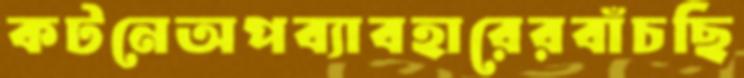
কটনেঅপব্যাবহারেরবাঁচছি